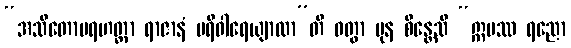
“အသိတောမရဟတ္ထာ ရာဇာနံ ပရိဝါရေယျာထာ”တိ ဝတွာ ပုန စိန္တေသိ “ဣမဿ ရညော